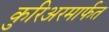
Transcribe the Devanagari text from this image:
कुरिअरमार्फत